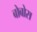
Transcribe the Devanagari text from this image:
बोबोस